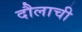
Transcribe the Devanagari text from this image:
दौलाची